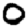
Digit: 0